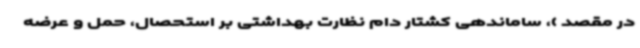
در مقصد )، ساماندهی کشتار دام نظارت بهداشتی بر استحصال، حمل و عرضه